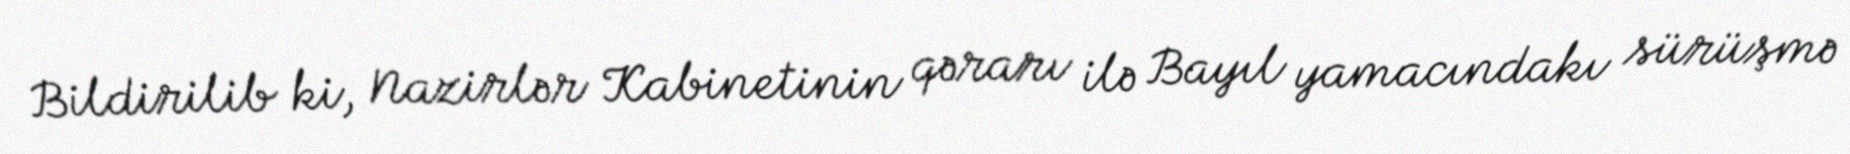
Bildirilib ki, Nazirlər Kabinetinin qərarı ilə Bayıl yamacındakı sürüşmə